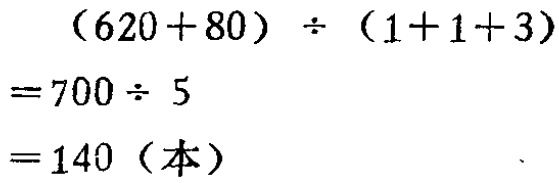
\[
\begin{align*}
&(620 + 80) \div (1 + 1 + 3)\\
=&700\div 5\\
=&140 (\text{本})
\end{align*}
\]